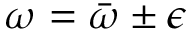
\omega = \bar { \omega } \pm \epsilon